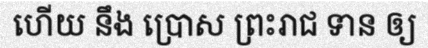
ហើយ នឹង ប្រោស ព្រះរាជ ទាន ឲ្យ